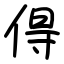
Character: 𠊚